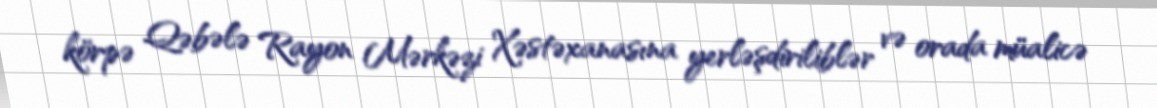
körpə Qəbələ Rayon Mərkəzi Xəstəxanasına yerləşdiriliblər və orada müalicə